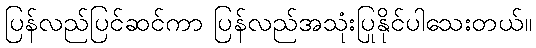
ပြန်လည်ပြင်ဆင်ကာ ပြန်လည်အသုံးပြုနိုင်ပါသေးတယ်။